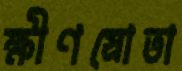
ক্ষীণস্রোতা